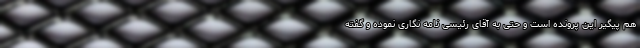
هم پیگیر این پرونده است و حتی به آقای رئیسی نامه نگاری نموده و گفته